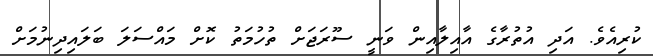
ކުރިއެވެ. އަދި އުތުރާގެ އާއިލާއިން ވަނީ ސޫރަޖަށް ތުހުމަތު ކޮށް މައްސަލަ ބަލައިދިނުމަށް